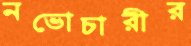
নভোচারীর